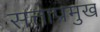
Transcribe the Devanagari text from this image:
सत्ताप्रमुख